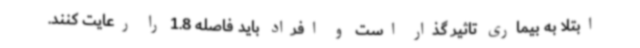
ابتلا به بیماری تاثیر گذار است و افراد باید فاصله 1.8 را رعایت کنند.